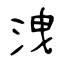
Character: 洩